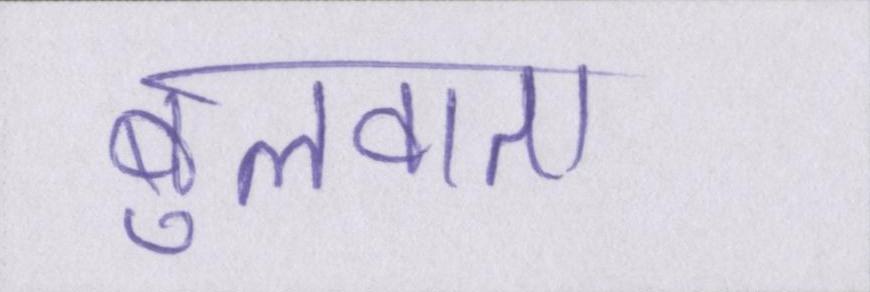
बुलवाता